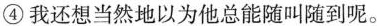
④我还想当然地以为他总能随叫随到呢。